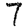
Digit: 7